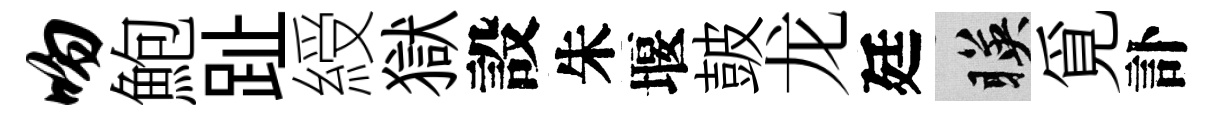
吻鮑趾綬獄設朱堰皷龙廷暎覓訃